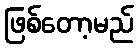
ဖြစ်တော့မည်